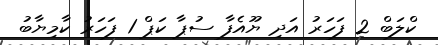
ކްލަބް 2 ފަހަރު އަދި ޔޫއެފާ ސުޕާ ކަޕް 1 ފަހަރު ކާމިޔާބު